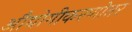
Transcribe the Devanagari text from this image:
औद्योगीकरणोत्तर